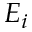
E _ { i }